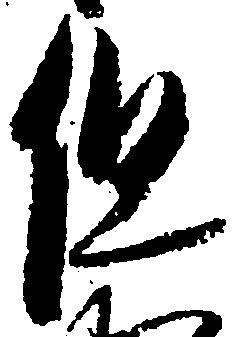
但